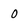
Character: 0